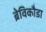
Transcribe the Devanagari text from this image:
ब्रेविकौडा